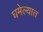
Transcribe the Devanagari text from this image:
घमेल्यात